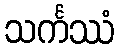
သင်္ကဿံ